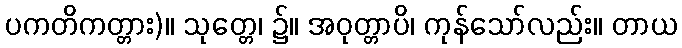
ပကတိကတ္တား)။ သုတ္တေ၊ ၌။ အဝုတ္တာပိ၊ ကုန်သော်လည်း။ တာယ